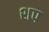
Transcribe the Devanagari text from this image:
शप